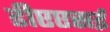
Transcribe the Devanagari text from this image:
डीएएसई